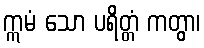
ဣမံ သော ပရိတ္တံ ကတွာ၊